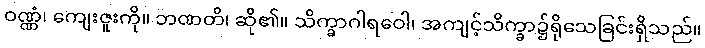
ဝဏ္ဏံ၊ ကျေးဇူးကို။ ဘဏတိ၊ ဆို၏။ သိက္ခာဂါရဝေါ၊ အကျင့်သိက္ခာ၌ရိုသေခြင်းရှိသည်။